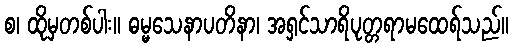
စ၊ ထိုမှတစ်ပါး။ ဓမ္မသေနာပတိနာ၊ အရှင်သာရိပုတ္တရာမထေရ်သည်။